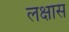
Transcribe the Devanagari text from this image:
लक्षास